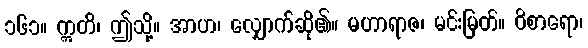
၁၆၁။ ဣတိ၊ ဤသို့။ အာဟ၊ လျှောက်ဆို၏။ မဟာရာဇ၊ မင်းမြတ်။ ဝိစာရော၊